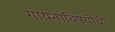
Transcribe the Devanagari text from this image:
गायनाविषयीची